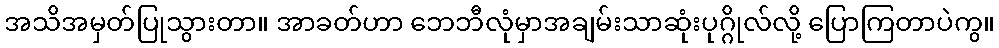
အသိအမှတ်ပြုသွားတာ။ အာခတ်ဟာ ဘေဘီလုံမှာအချမ်းသာဆုံးပုဂ္ဂိုလ်လို့ ပြောကြတာပဲကွ။